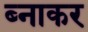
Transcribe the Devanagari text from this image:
ब्नाकर